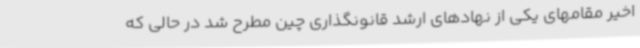
اخیر مقامهای یکی از نهادهای ارشد قانونگذاری چین مطرح شد در حالی که